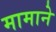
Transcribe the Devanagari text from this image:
मामाने